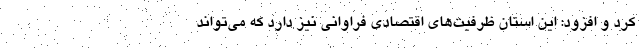
کرد و افزود: این استان ظرفیت‌های اقتصادی فراوانی نیز دارد که می‌تواند